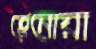
হেনোয়া